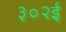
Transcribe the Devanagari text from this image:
३०२ई